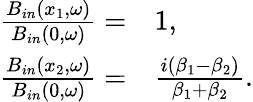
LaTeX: \begin{array}{rl}{\frac{B_{in}(x_{1},\omega)}{B_{in}(0,\omega)}=}&{{}1,}\\ {\frac{B_{in}(x_{2},\omega)}{B_{in}(0,\omega)}=}&{{}\frac{i(\beta_{1}-\beta_{2})}{\beta_{1}+\beta_{2}}.}\end{array}